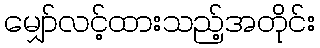
မျှော်လင့်ထားသည့်အတိုင်း